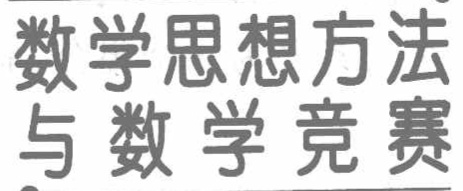
数学思想方法

与数学竞赛